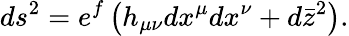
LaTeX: ds^{2}=e^{f}\left(h_{\mu\nu}dx^{\mu}dx^{\nu}+d\bar{z}^{2}\right).